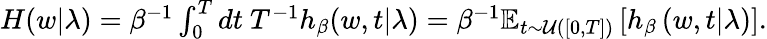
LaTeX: \begin{array}{r}{H(w|\lambda)=\beta^{-1}\int_{0}^{T}dt\ T^{-1}h_{\beta}(w,t|\lambda)=\beta^{-1}\operatorname{\mathbb{E}}_{t\sim\mathcal{U}([0,T])}\left[h_{\beta}\left(w,t|\lambda\right)\right].}\end{array}